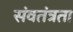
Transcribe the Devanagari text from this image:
संवतंत्रता